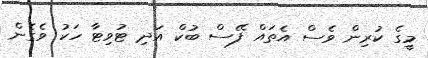
މީގެ ކުރިން ވެސް އެތައް ފޭސް ބުކް އަދި ޓުވިޓާ ހަކު ވެގެން